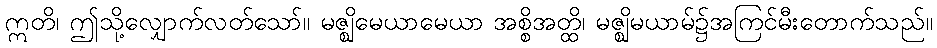
ဣတိ၊ ဤသို့လျှောက်လတ်သော်။ မဇ္ဈိမေယာမေယာ အစ္စိအတ္ထိ၊ မဇ္ဈိမယာမ်၌အကြင်မီးတောက်သည်။